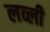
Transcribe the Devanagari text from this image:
लव्ली